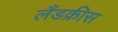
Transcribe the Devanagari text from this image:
लँडक्रीस